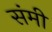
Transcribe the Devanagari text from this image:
संमी